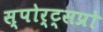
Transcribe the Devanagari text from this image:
स्पोर्ट्सप्रो